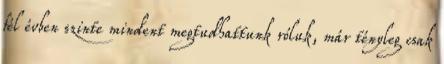
fél évben szinte mindent megtudhattunk róluk, már tényleg csak